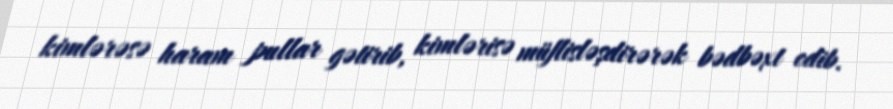
kimlərəsə haram pullar gətirib, kimlərisə müflisləşdirərək bədbəxt edib.